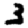
Digit: 3